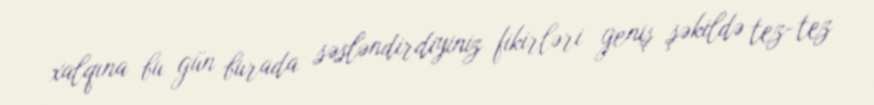
xalqına bu gün burada səsləndirdiyiniz fikirləri geniş şəkildə tez-tez